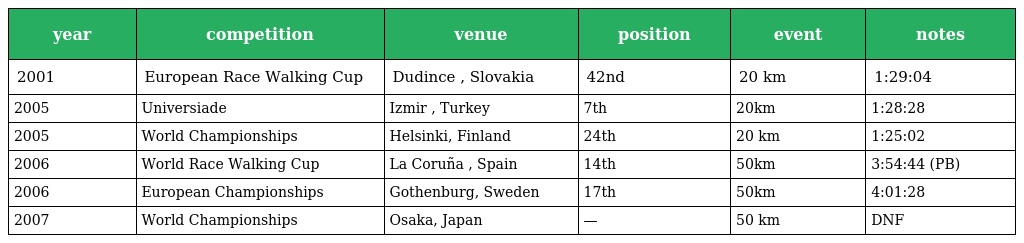
| year | competition | venue | position | event | notes |
 | --- | --- | --- | --- | --- | --- |
 | 2001 | European Race Walking Cup | Dudince , Slovakia | 42nd | 20 km | 1:29:04 |
 | 2005 | Universiade | Izmir , Turkey | 7th | 20km | 1:28:28 |
 | 2005 | World Championships | Helsinki, Finland | 24th | 20 km | 1:25:02 |
 | 2006 | World Race Walking Cup | La Coruña , Spain | 14th | 50km | 3:54:44 (PB) |
 | 2006 | European Championships | Gothenburg, Sweden | 17th | 50km | 4:01:28 |
 | 2007 | World Championships | Osaka, Japan | — | 50 km | DNF |